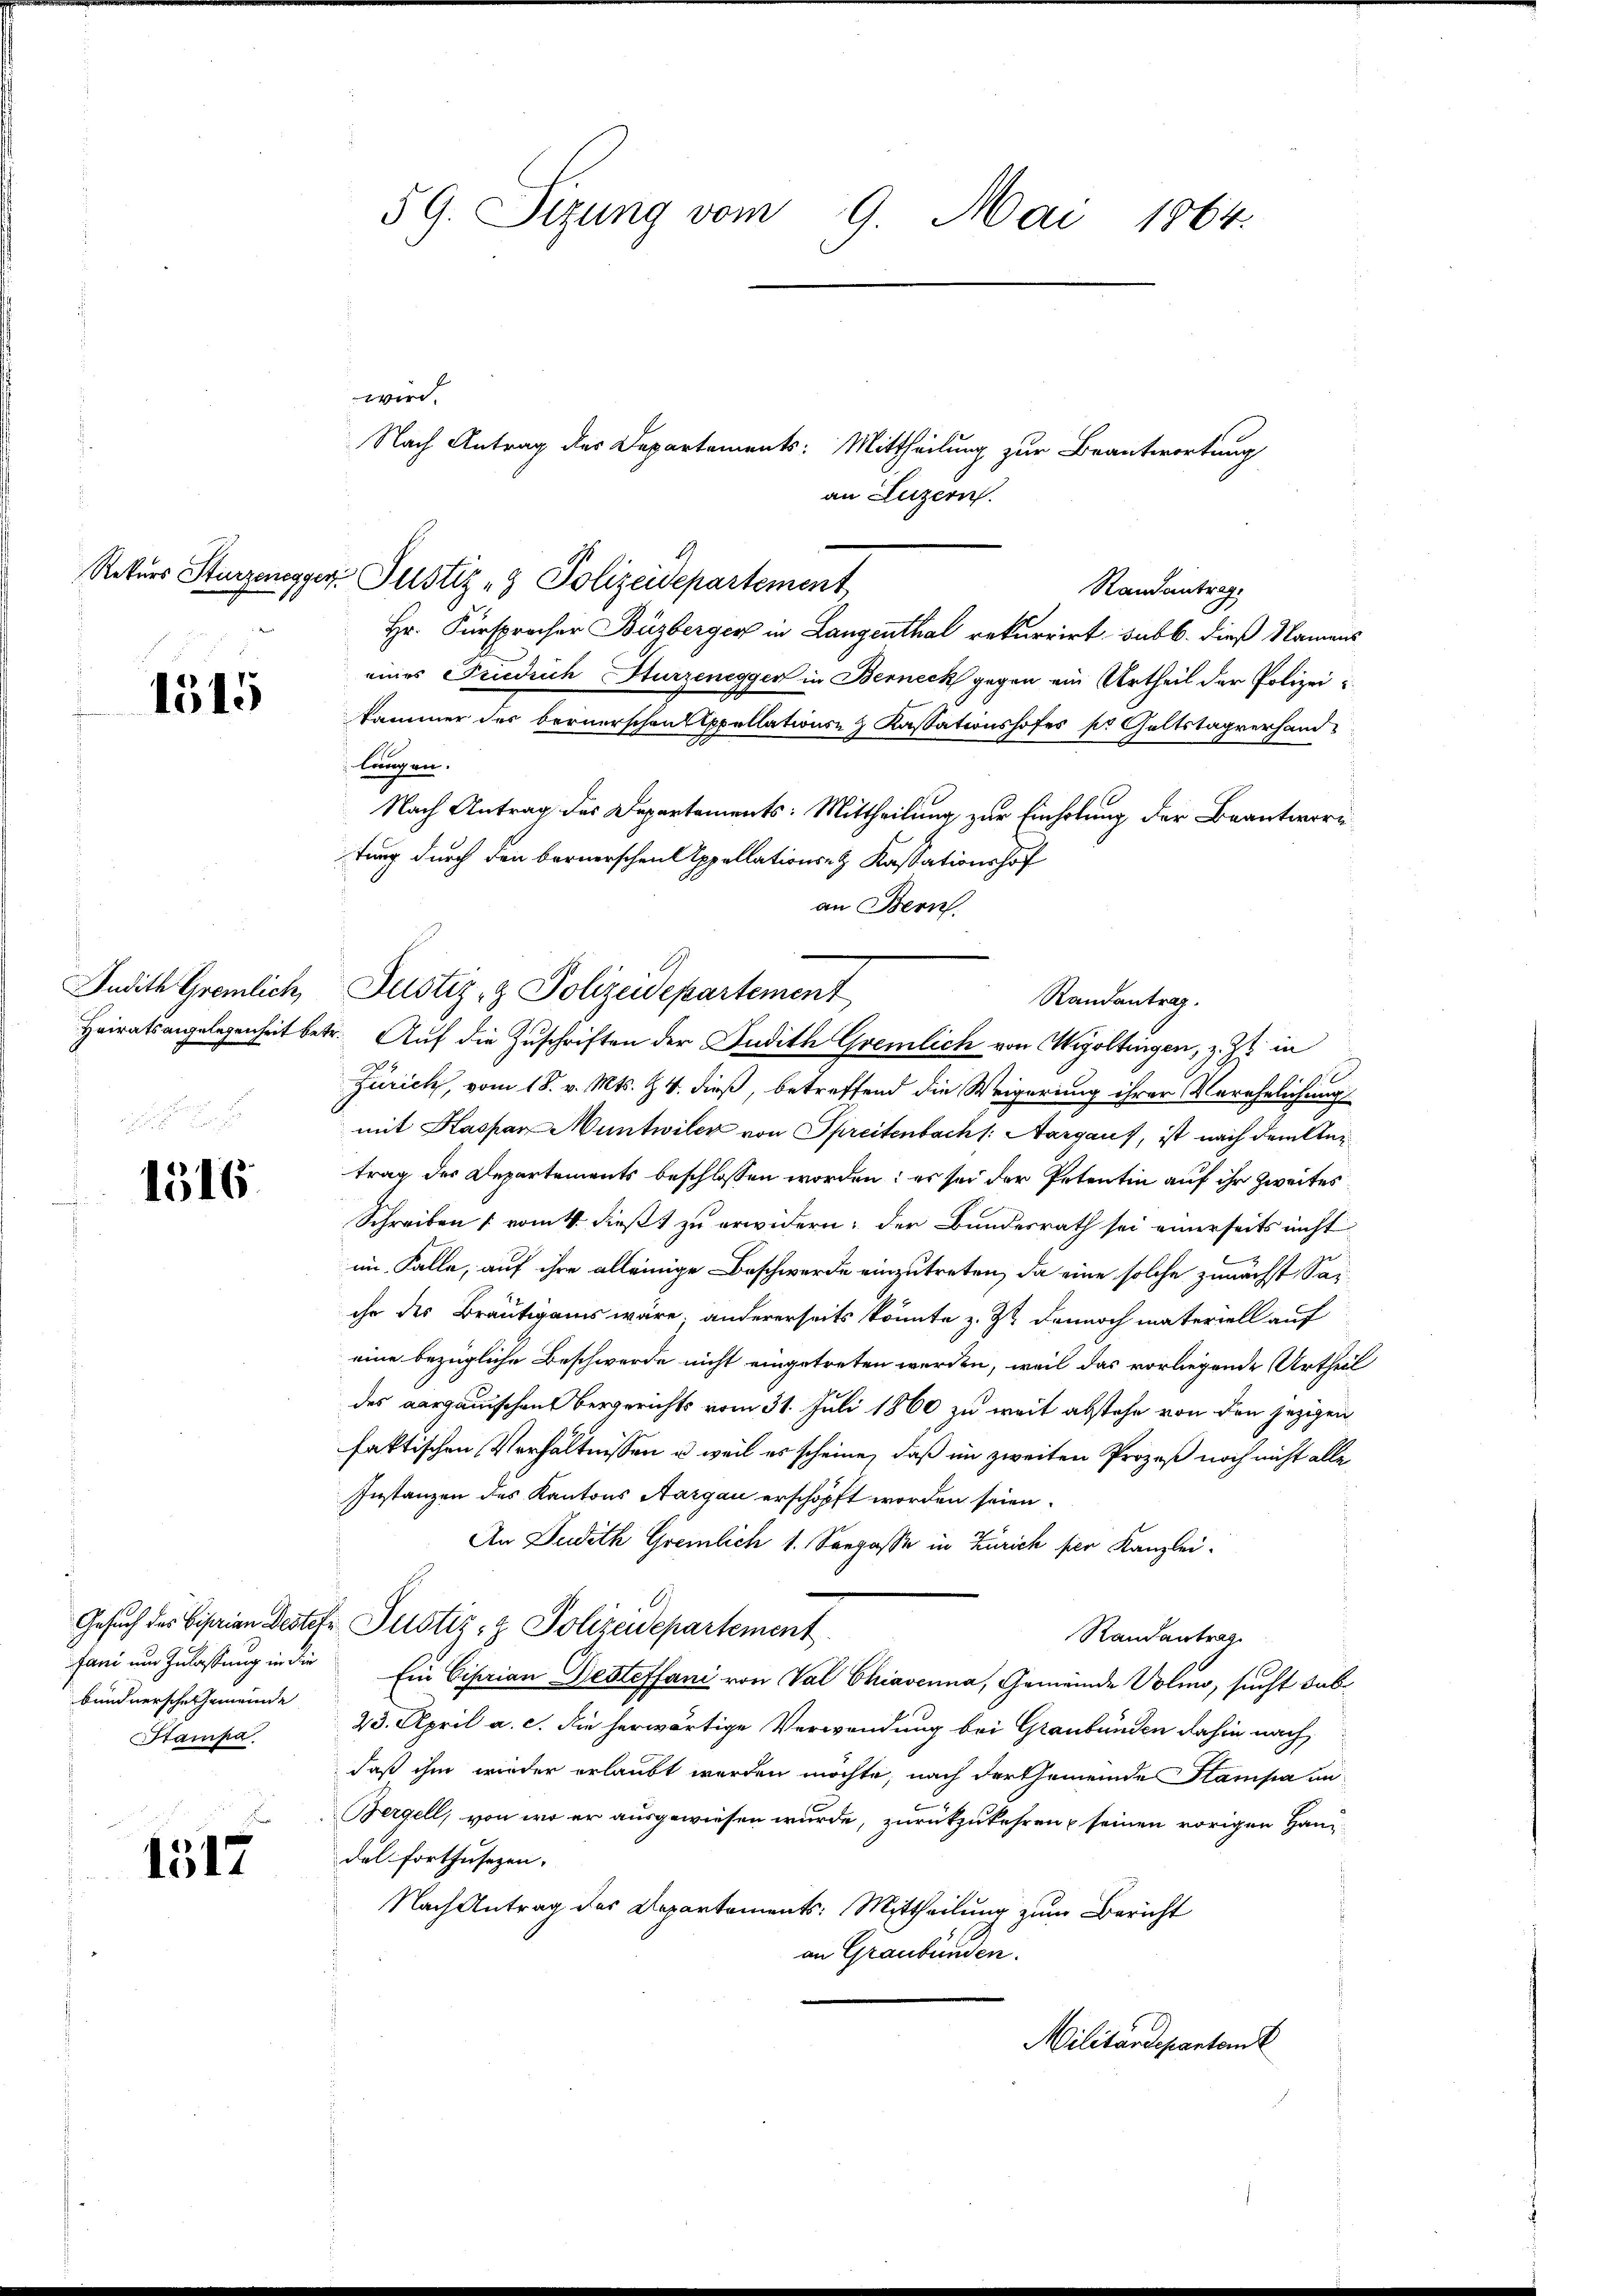
1515

Judith Gremlich,

1516

bündnersche Gemeinde
Hampa

1517

5 G. Sizung vom 9. Mai 1864.

wird.
Nach Antrag des Departements: Mittheilung zur Beantwortung
an Luzern.
.
Rekurs Sturzenegger Justiz - Polizeidepartement
Randantrag.
Hr. Fürsprecher Buzberger in Langenthal rekurrirt, sub b. dieß Namens
eines Friedrich Sturzenegger in Berneck gegen ein Urtheil der Polizeikammer des bernerschen Appellations- & Kassationshofes pr Geltstagverhandlangen.
Nach Antrag des Departements: Mittheilung zur Einholung der Beantwortung durch den bernerschen Appellations- & Kassationshof
an Bern.
Heiratsangelegenheit betr. Aŭf die Zuschriften der Judith Gremlich von Wigoltingen, z. Zt. in
.
Zürich, vom 18. v. Mts. Z. 4. dieß, betreffend die Weigerung ihrer Verehelichung
mit Kaspar Muntwiler von Spreitenbach /: Aargauf, ist nach dem Antrag der Departements beschlossen worden; es sei der Petentin auf ihr zweites
Schreiben [vom 4. dieß zu erwidern; der Bundesrath sei einerseits nicht
im Falle, auf ihre alleinige Beschwerde einzutreten, da eine solche zunächst Sarihr des Bräutigams wäre; andererseits könnte z. Zt. dennoch materiell auf
eine bezügliche Beschwerde nicht eingetreten werden, weil das vorliegende Urtheil
des aargauischen Bergerichts vom 31. Juli 1860 zu weit abstehe von den jezigen
faktischen Verhältnissen u. weil es scheine, daß im zweiten Prozeß noch nicht alle
Instanzen des Kantons Aargau erschöpft worden seien.
An Dudith Gremlich 1. Sengasse in Zürich per Kanzlei-
A
Gesuch des Bisarian Destehe Justiz- & Polizeidepartement
Randantrag
fani um Zulassung in an Ein Ciprian Desteffani von Val Chiavenna, Gemeinde Volio, sucht dab
23. April a. c. die herwärtige Verwendung bei Graubünden dahin nach
daß ihm wieder erlaubt werden möchte, nach der Gemeinde Stampa an
Bergell, von wo er ausgewiesen wurde, zurückzukehren, seinen vorigen Hand-
del fortzusezen. |
Nach Antrag des Departements: Mittheilung zum Bericht
an Graubünden.
Militärdepantenk

Justiz- & Polizeidepartement
Randantrag.